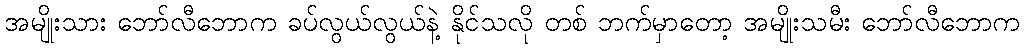
အမျိုးသား ဘော်လီဘောက ခပ်လွယ်လွယ်နဲ့ နိုင်သလို တစ် ဘက်မှာတော့ အမျိုးသမီး ဘော်လီဘောက